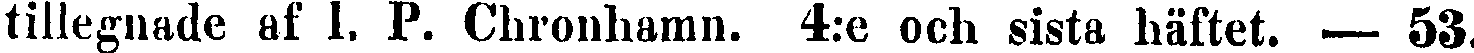
tillegnade af I. P. Chronhamn. 4:e och sista häftet. — 53.